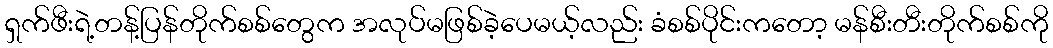
ရှက်ဖီးရဲ့တန့်ပြန်တိုက်စစ်တွေက အလုပ်မဖြစ်ခဲ့ပေမယ့်လည်း ခံစစ်ပိုင်းကတော့ မန်စီးတီးတိုက်စစ်ကို